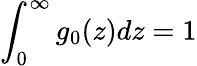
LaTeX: \int_{0}^{\infty}g_{0}(z)dz=1